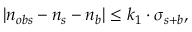
| n _ { o b s } - n _ { s } - n _ { b } | \leq k _ { 1 } \cdot \sigma _ { s + b } ,